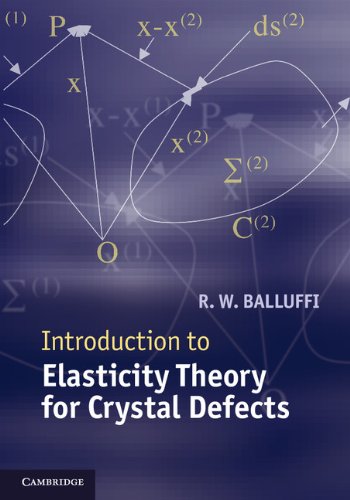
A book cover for Introduction to Elasticity Theory for Crystal Defects; R. W. Balluffi; Science & Math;